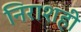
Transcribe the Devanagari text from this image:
निराशही